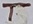
Text: T